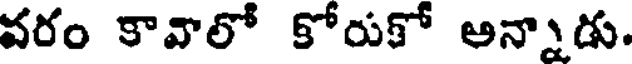
వరం కావాలో కోరుకో అన్నాడు.